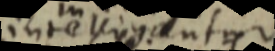
intelligantur